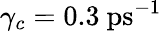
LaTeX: \gamma_{c}=0.3~\mathrm{ps^{-1}}